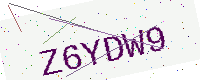
Text: Z6YDW9